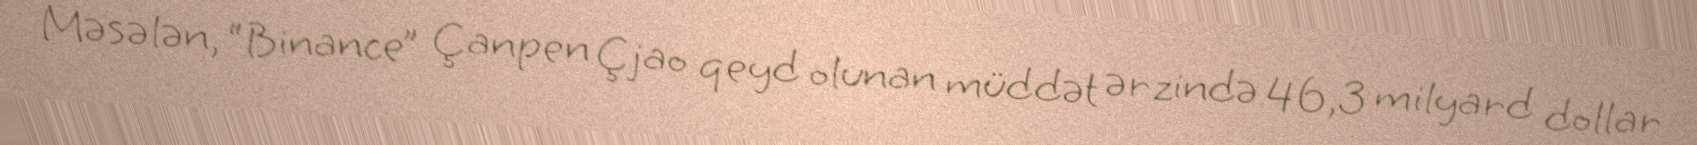
Məsələn, “Binance” Çanpen Çjao qeyd olunan müddət ərzində 46,3 milyard dollar